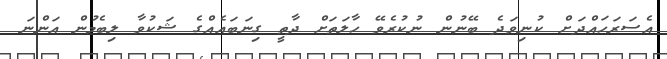
އެސަރަހައްދަށް ކުނިވަދެ ބޭނުން ނުކުރެވޭ ހާލަތަށް ދާތީ ގިނަބައެއްގެ ޝަކުވާ ލިބެމުން އަންނަ